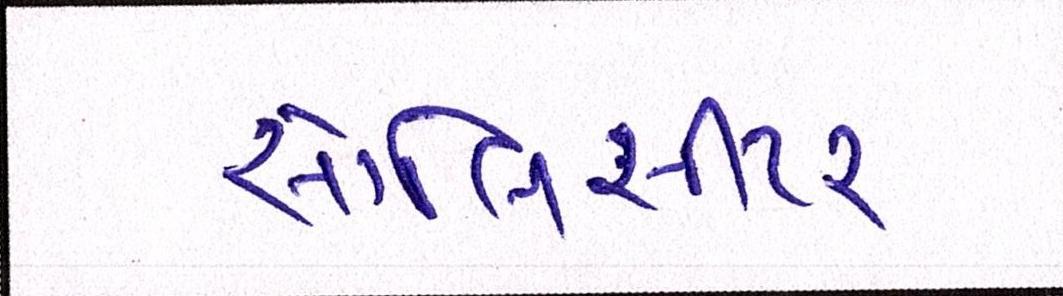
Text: સોલિસીટર